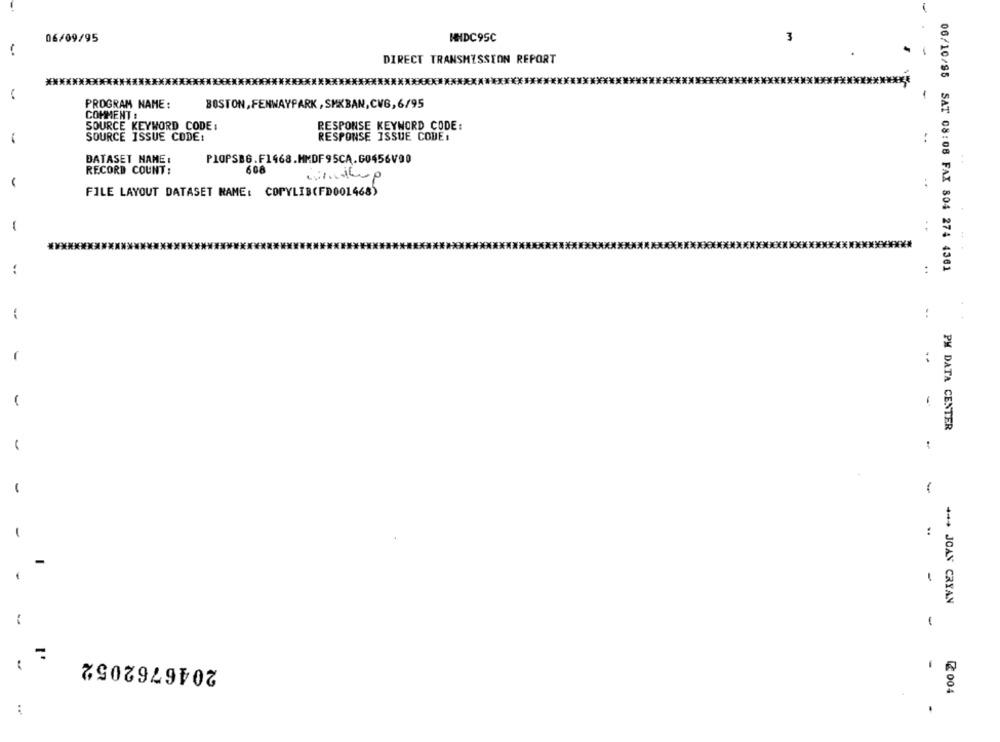
06/09/95
HHDC95C
3
DIRECT TRANSMISSION REPORT
-
PROGRAM NAME:
BOSTON, FENWAYPARK, SMKBAN,CVG,6/95
COMMENT :
SOURCE KEYWORD CODE :
RESPONSE KEYWORD CODE :
..
SOURCE ISSUE CODE:
RESPONSE ISSUE CODE:
DATASET NAME :
PIOPSBG.F1468.MMDF95CA.60456V90
RECORD COUNT :
608
FILE LAYOUT DATASET NAME: COPYLIB(FD001468)
-
06/10/95 SAT 08:08 FAX 804 274 4361
-
:
PM DATA CENTER
*** JOAN CRYAN
-
2046762052
-
8
2004
.